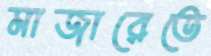
মাজারেতে